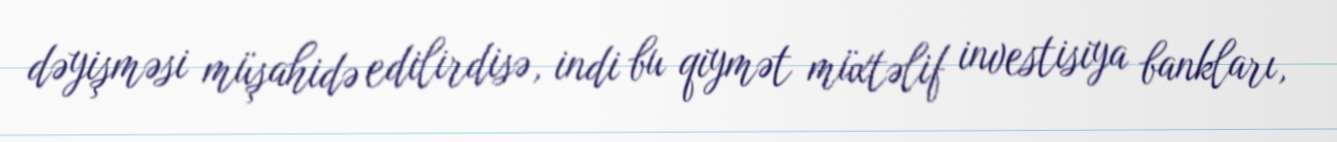
dəyişməsi müşahidə edilirdisə, indi bu qiymət müxtəlif investisiya bankları,